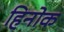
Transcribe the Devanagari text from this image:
हिनोक